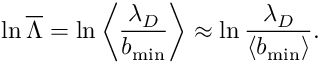
\ln \overline { { \Lambda } } = \ln \left\langle \frac { { { \lambda } _ { D } } } { { { b } _ { \operatorname* { m i n } } } } \right\rangle \approx \ln \frac { { { \lambda } _ { D } } } { \left\langle { { b } _ { \operatorname* { m i n } } } \right\rangle } .